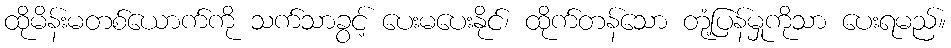
ထိုမိန်းမတစ်ယောက်ကို သက်သာခွင့် ပေးမပေးနိုင်၊ ထိုက်တန်သော တုံ့ပြန်မှုကိုသာ ပေးရမည်။